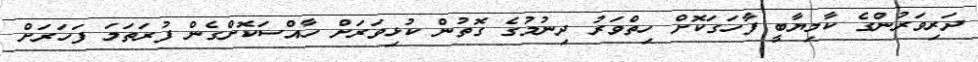
ދަރިވަރުންގެ ކާމިޔާބީ ފާހަގަކޮށް ހިތްވަރު ދިނުމުގެ ގޮތުން ކުޅިވަރަށް ހާއްސަކޮށްގެން ފުރަތަމަ ފަހަރަށް